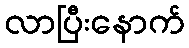
လာပြီးနောက်